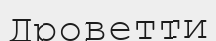
Дроветти